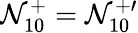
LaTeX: \mathcal{N}_{10}^{+}=\mathcal{N}_{10}^{+\prime}